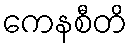
ကေနစီတိ